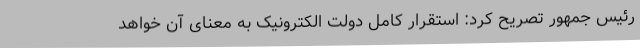
رئیس جمهور تصریح کرد: استقرار کامل دولت الکترونیک به معنای آن خواهد